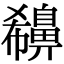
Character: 𪖪